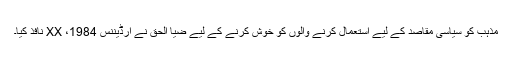
مذہب کو سیاسی مقاصد کے لیے استعمال کرنے والوں کو خوش کرنے کے لیے ضیا الحق نے آرڈیننس XX ،1984 نافذ کیا۔